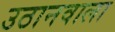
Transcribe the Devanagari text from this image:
उठानवाला